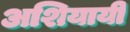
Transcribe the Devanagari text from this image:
अशियायी